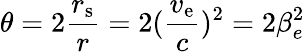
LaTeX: \theta=2{\frac{r_{\mathrm{s}}}{r}}=2({\frac{v_{\mathrm{e}}}{c}})^{2}=2\beta_{e}^{2}